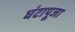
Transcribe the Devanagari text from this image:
घंटापूजा